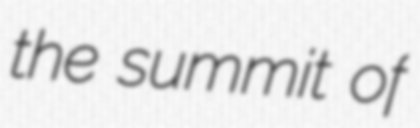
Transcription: the summit of